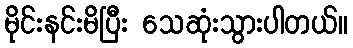
မိုင်းနင်းမိပြီး သေဆုံးသွားပါတယ်။